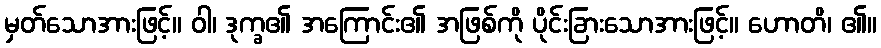
မှတ်သောအားဖြင့်။ ဝါ၊ ဒုက္ခ၏ အကြောင်း၏ အဖြစ်ကို ပိုင်းခြားသောအားဖြင့်။ ဟောတိ၊ ၏။